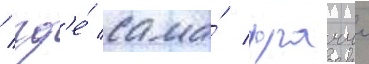
/ гд'е́ сама́ фраччи